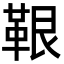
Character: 鞎